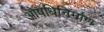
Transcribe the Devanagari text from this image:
ओषधिनिर्माण